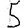
Digit: 5